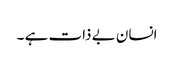
انسان بے ذات ہے ۔